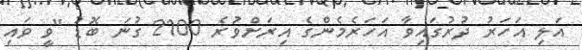
އަލި އަހަރު ދުރުގައިވާ އަހަރެމެންގެ އިރަށްވުރެ 2100 ގުނަ ބޮޑު "ވީ ވައި